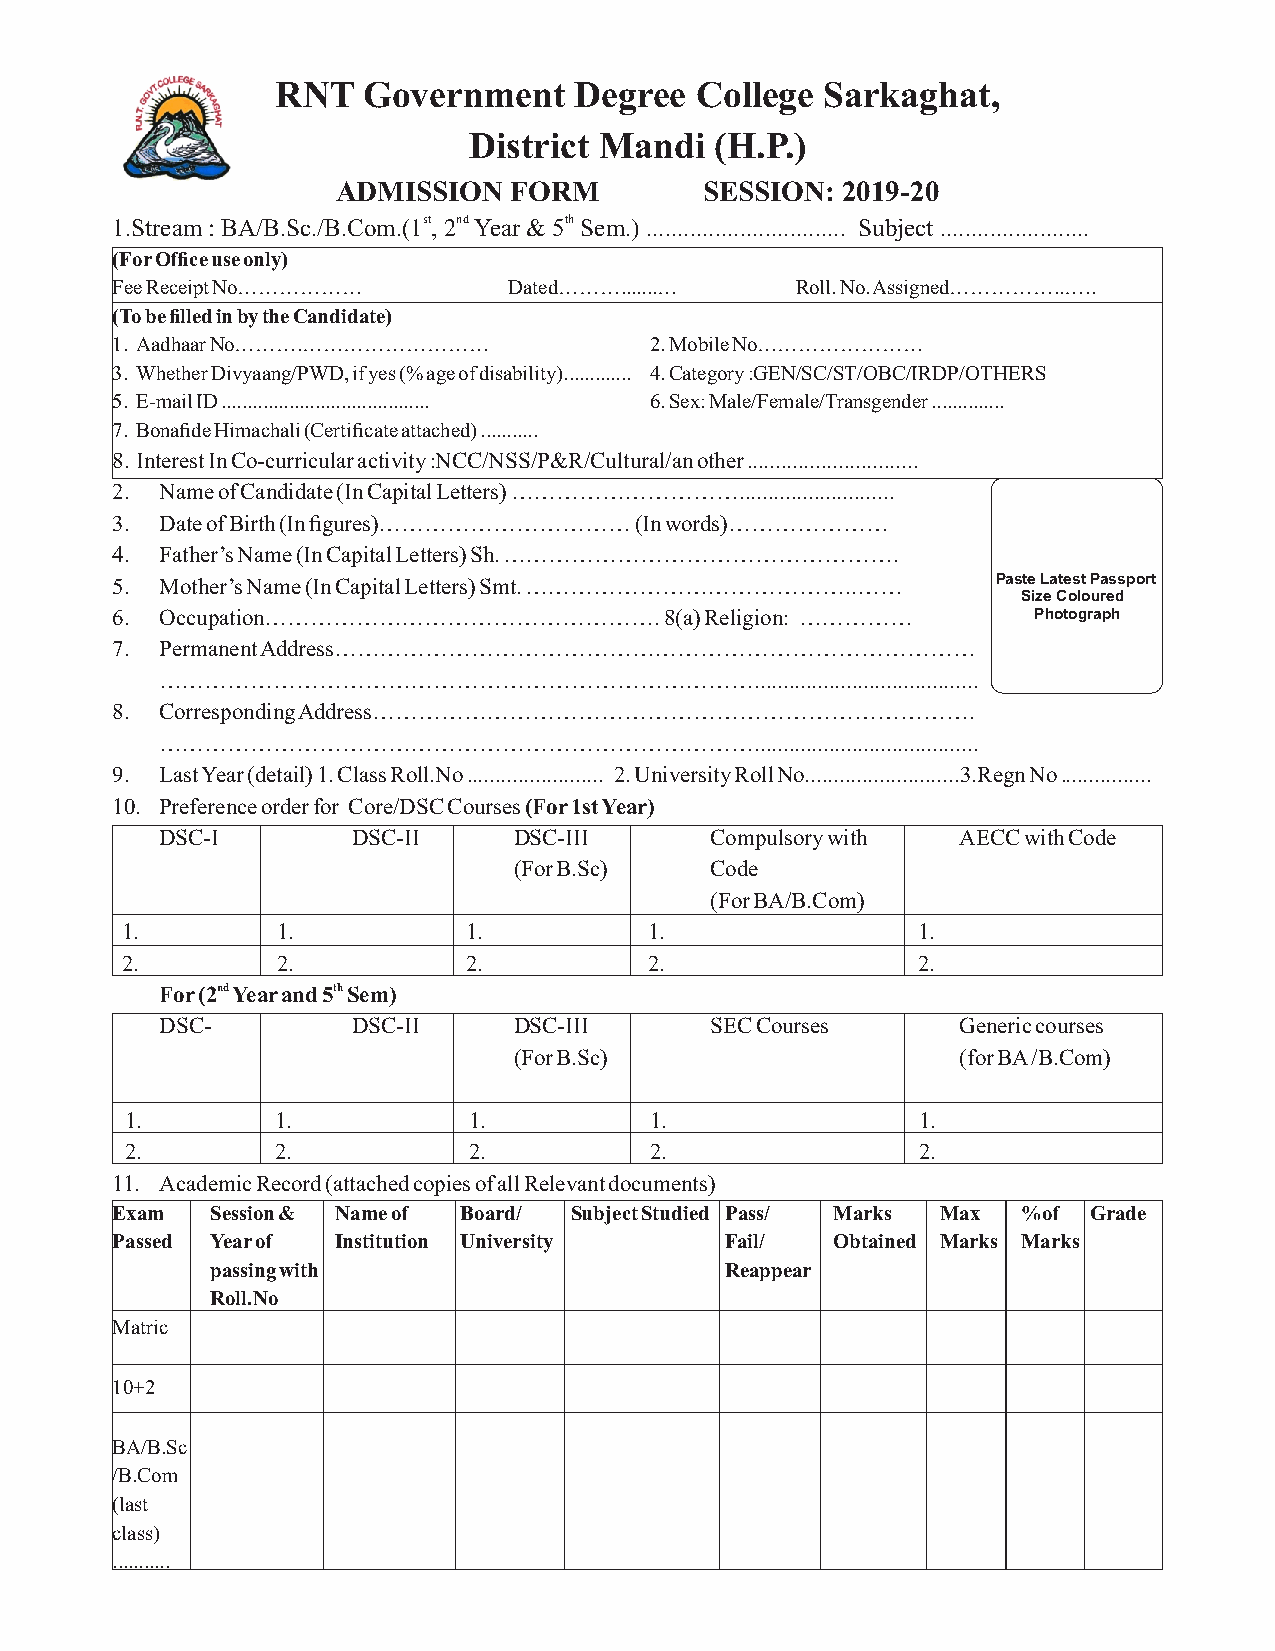
RNT   Government    Degree  College  Sarkaghat,
 District Mandi  (H.P.)
 ADMISSION   FORM         SESSION: 2019-20
 1.Stream : BA/B.Sc./B.Com.(1st, 2nd Year & 5th Sem.) ................................ Subject ........................
 (For Office use only)
 Fee Receipt No………………       Dated……….......…   Roll. No. Assigned……………..…..
 (To be filled in by the Candidate)
 1. Aadhaar No……….………………………          2. Mobile No……………………
 3. Whether Divyaang/PWD, if yes (% age of disability)............. 4. Category :GEN/SC/ST/OBC/IRDP/OTHERS
 5. E-mail ID ........................................ 6. Sex: Male/Female/Transgender ..............
 7. Bonafide Himachali (Certificate attached) ...........
 8. Interest In Co-curricular activity :NCC/NSS/P&R/Cultural/an other ..............................
 2.  Name of Candidate (In Capital Letters) …………………………...........................
 3.  Date of Birth (In figures)…………………………… (In words)…………………
 4.  Father’s Name (In Capital Letters) Sh. …………………………………………….
 5.  Mother’s Name (In Capital Letters) Smt. ……………………………………..…… Paste Latest Passport
 Size Coloured
 6.  Occupation…………………………………………….     8(a) Religion: ……………    Photograph
 7.  Permanent Address…………………………………………………………………………
 …………………………………………………………………….......................................
 8.  Corresponding Address…………………………………………………………………….
 …………………………………………………………………….......................................
 9.  Last Year (detail) 1. Class Roll.No ........................ 2. University Roll No...........................3.Regn No ................
 10. Preference order for Core/DSC Courses (For 1st Year)
 DSC-I       DSC-II     DSC-III      Compulsory with  AECC with Code
 (For B.Sc)   Code
 (For BA/B.Com)
 1.        1.           1.          1.                1.
 2.        2.           2.          2.                2.
 For (2nd Year and 5th Sem)
 DSC-        DSC-II     DSC-III      SEC Courses      Generic courses
 (For B.Sc)                    (for BA /B.Com)
 1.        1.           1.          1.                1.
 2.        2.           2.          2.                2.
 11. Academic Record (attached copies of all Relevant documents)
 Exam   Session & Name of Board/ Subject Studied Pass/ Marks Max %of Grade
 Passed Year of Institution University    Fail/  Obtained Marks Marks
 passing with                      Reappear
 Roll.No
 Matric
 10+2
 BA/B.Sc
 /B.Com
 (last
 class)
 ...........